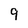
Character: 9